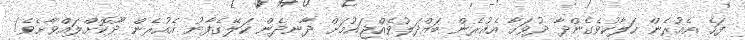
ފަހެ އެއުރެން ހަލާކުވެގެންދާ ދުވަހާ އެއުރެން ބައްދަލުވެއްޖައުމަށް ދާނދެން ކަލޭގެފާނު އެއުރެން ދޫކޮށްލައްވާށެވެ!